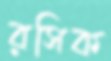
রসিক